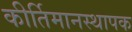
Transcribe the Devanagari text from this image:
कीर्तिमानस्थापक